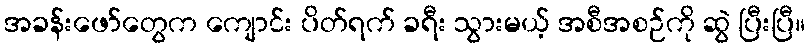
အခန်းဖော်တွေက ကျောင်း ပိတ်ရက် ခရီး သွားမယ့် အစီအစဉ်ကို ဆွဲ ပြီးပြီ။